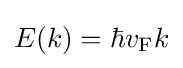
E(k)=\hbar v_{\text{F}}k